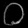
Digit: ၀